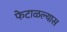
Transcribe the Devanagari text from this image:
फेटाळल्यास